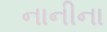
નાનીના